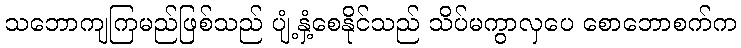
သဘောကျကြမည်ဖြစ်သည် ပျံ့နှံ့စေနိုင်သည် သိပ်မကွာလှပေ စောဘောစက်က